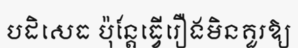
បដិសេធ ប៉ុន្តែធ្វើរឿងមិនគួរឱ្យ